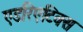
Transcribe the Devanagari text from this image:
एडरिएटिक्स